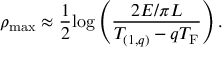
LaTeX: \rho _ { \mathrm { m a x } } \approx { \frac { 1 } { 2 } } { \log } \left( { \frac { 2 E / \pi L } { T _ { ( 1 , q ) } - q T _ { \mathrm { F } } } } \right) .